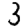
Digit: 3